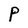
Character: P